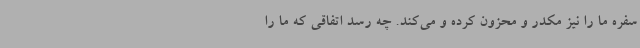
سفره ما را نیز مکدر و محزون کرده و می‌کند. چه رسد اتفاقی که ما را